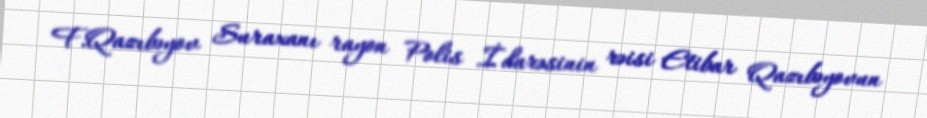
F.Qazıbəyov Suraxanı rayon Polis İdarəsinin rəisi Etibar Qazıbəyovun